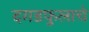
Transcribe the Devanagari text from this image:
दगडफुलाचे